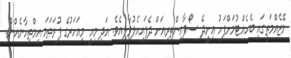
މޭޒެއްމަތީގައި ބެހެއްޓުމަށްފަހު ޢިށީދެ ސޯފާއިންތިރިއަށް ދެފައިއެލުވާލިއެވެ. އަދި މިއީ މިއަހަރުގެ ފުރަތަމަ އިމްތިހާނެއްނު.